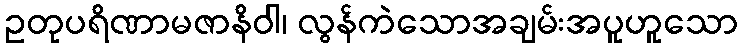
ဥတုပရိဏာမဇာနိဝါ၊ လွန်ကဲသောအချမ်းအပူဟူသော